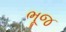
ભૂજ